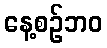
နေ့စဉ်ဘဝ